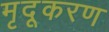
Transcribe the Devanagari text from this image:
मृदूकरण